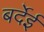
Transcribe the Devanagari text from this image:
बर्देई